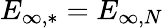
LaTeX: E_{\infty,*}=E_{\infty,N}